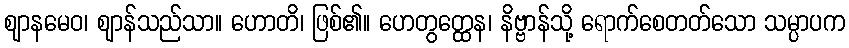
ဈာနမေဝ၊ ဈာန်သည်သာ။ ဟောတိ၊ ဖြစ်၏။ ဟေတွတ္ထေန၊ နိဗ္ဗာန်သို့ ရောက်စေတတ်သော သမ္ပာပက